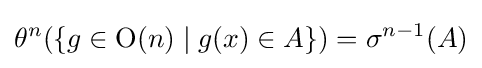
\theta ^{n}(\{g\in \mathrm {O} (n)\mid g(x)\in A\})=\sigma ^{n-1}(A)